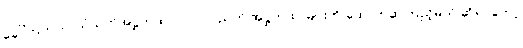
ခေါ်ကြတယ်၊ သံယုတ်အဋ္ဌကထာ ပုဂ္ဂလပညတ် အဋ္ဌကထာများကို ထောက်ဆကြည့်မယ် ဆိုရင်တော့